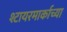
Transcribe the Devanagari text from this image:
श्टायरमार्काच्या